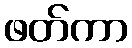
ဖတ်ကာ